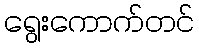
ရွေးကောက်တင်